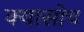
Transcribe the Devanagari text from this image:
क्यासोच